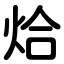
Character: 烚